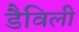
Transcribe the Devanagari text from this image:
डैविली